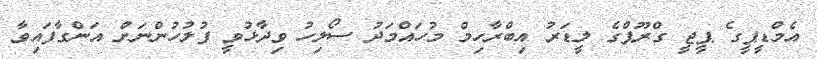
އެމްޑީޕީގެ ޕީޖީ ގްރޫޕްގެ ލީޑަރު އިބްރާހިމް މުހައްމަދު ސޯލިހު ވިދާޅުވީ ފުލުހުންނަށް އަންގާފައިވާ